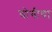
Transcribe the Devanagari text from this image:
योगीचा